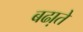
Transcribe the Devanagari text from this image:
बढा़ते